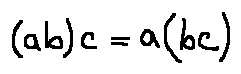
( a b ) c = a ( b c )